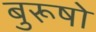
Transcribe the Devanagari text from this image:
बुरूषो